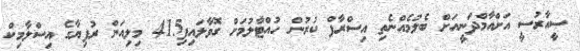
ސީއާރުސީ އަށްއާމްދަނީއަށް ބެލުމެއްނެތި އިސްރާފް ކުރުން ހުއްޓާލުމަށް ގޮވާލައިފި415 މިލިއަން ރުފިޔާގެ އިސްލާމިކް